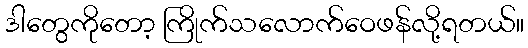
ဒါတွေကိုတော့ ကြိုက်သလောက်ဝေဖန်လို့ရတယ်။